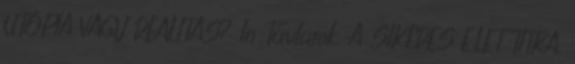
UTÓPIA VAGY REALITÁS? In Távlatok. A SIKERES ÉLET TITKA.